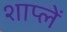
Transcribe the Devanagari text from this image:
शाप्लें